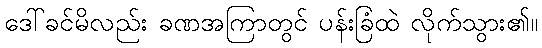
ဒေါ်ခင်မိလည်း ခဏအကြာတွင် ပန်းခြံထဲ လိုက်သွား၏။